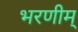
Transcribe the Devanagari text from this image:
भरणीम्